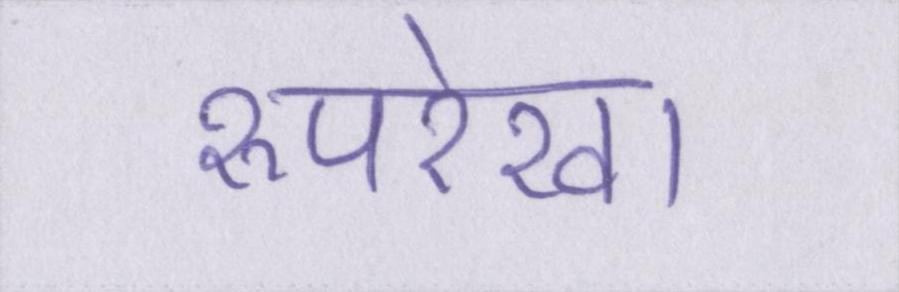
रूपरेखा